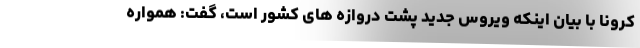
کرونا با بیان اینکه ویروس جدید پشت دروازه های کشور است، گفت: همواره